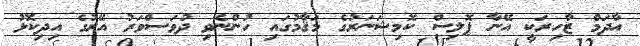
އާދަމް ޒާހިރަކީ އޭނާ ޕޮލިސް ކޮމިޝަނަރުގެ މަޤާމުގައި ހުންނެވި ދުވަސްވަރު އޭރުގެ އިދިކޮޅު